Problem: 47 + 34 = ?
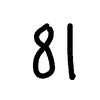
Handwritten answer: 81